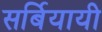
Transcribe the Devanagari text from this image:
सर्बियायी